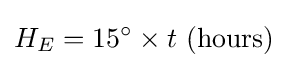
H_{E}=15^{\circ }\times t{\text{ (hours)}}~